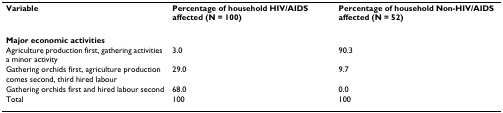
| Variable | Percentage of household HIV/AIDS affected (N = 100) | Percentage of household Non-HIV/AIDS affected (N = 52) |
 | --- | --- | --- |
 | Major economic activities |  |  |
 | Agriculture production first, gathering activities a minor activity | 3.0 | 90.3 |
 | Gathering orchids first, agriculture production comes second, third hired labour | 29.0 | 9.7 |
 | Gathering orchids first and hired labour second | 68.0 | 0.0 |
 | Total | 100 | 100 |